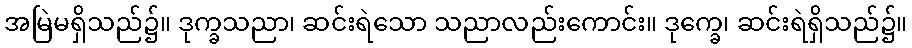
အမြဲမရှိသည်၌။ ဒုက္ခသညာ၊ ဆင်းရဲသော သညာလည်းကောင်း။ ဒုက္ခေ၊ ဆင်းရဲရှိသည်၌။